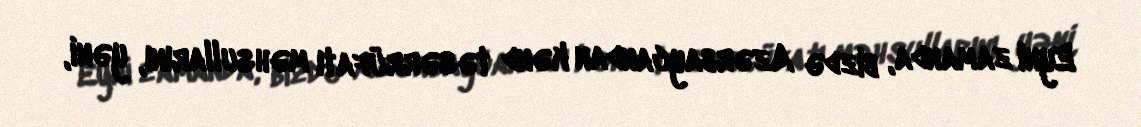
Eyni zamanda, bizdə Azərbaycandan kənd təsərrüfatı məhsullarını, yəni,